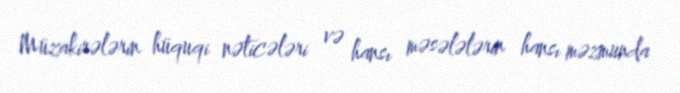
Müzakirələrin hüquqi nəticələri və hansı məsələlərin hansı məzmunda